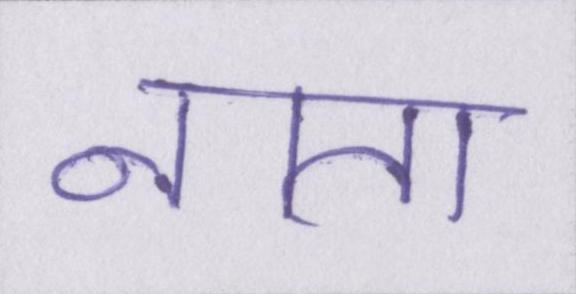
नाता